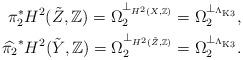
LaTeX: \begin{align*}\pi_2^{*}H^2(\tilde Z, \mathbb Z)=\Omega_2^{\perp_{H^2(X, \mathbb Z)}}=\Omega_2^{\perp_{\Lambda_{\mathrm{K3}}}},\\\widehat{\pi_2}^{*}H^2(\tilde Y, \mathbb Z)=\Omega_2^{\perp_{H^2(\tilde Z, \mathbb Z)}}=\Omega_2^{\perp_{\Lambda_{\mathrm{K3}}}}.\end{align*}